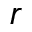
r